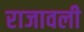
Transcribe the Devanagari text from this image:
राजावली